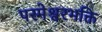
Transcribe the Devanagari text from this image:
परमेश्वरभक्ति